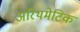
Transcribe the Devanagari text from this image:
अरिथमेटिक